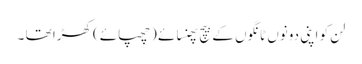
لن کو اپنی دونوں ٹانگوں کے بیچ پھنسائے (چھپائے) کھڑا تھا ۔